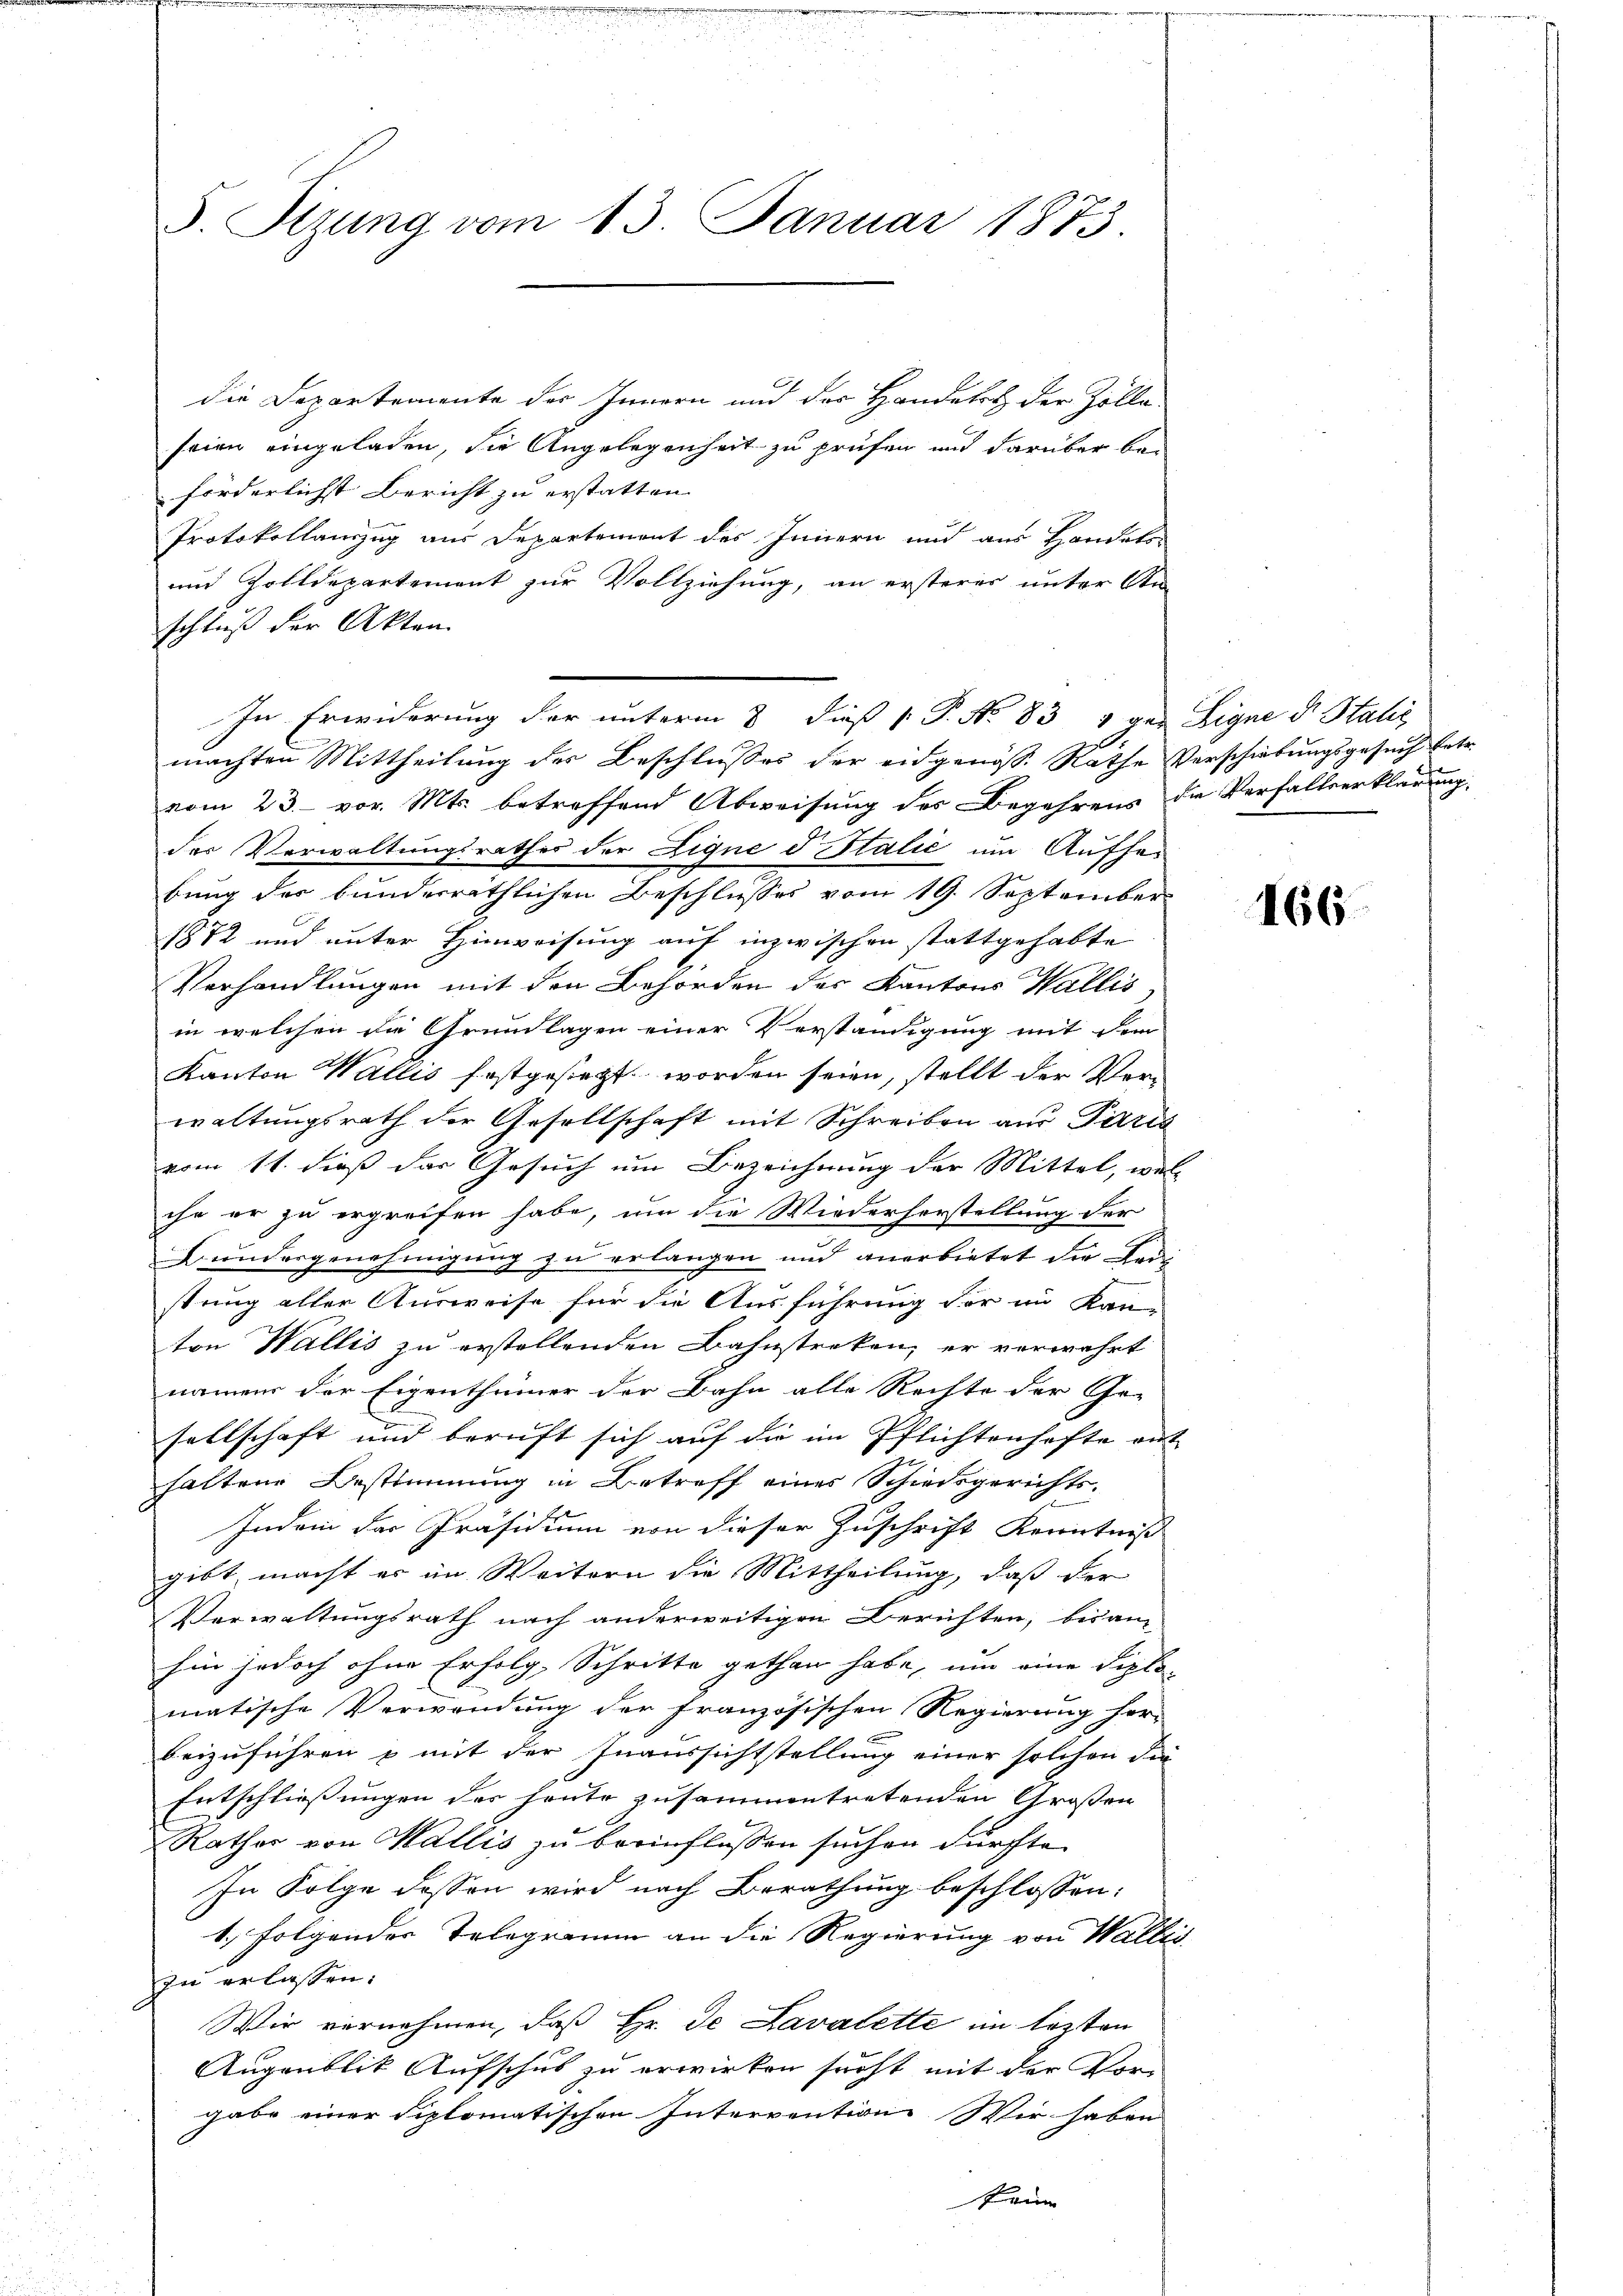
5. Stzung vom 13. Januar 1873.

die Departemente des Innern und der Handelt der Zolla-
seien eingeladen, die Angelegenheit zu prüfen und darüber be-
förderlichst Bericht zu erstatten.
Protokollauszug aus Departement des Innern und aus Handels-
und Zolldepartement zur Vollziehung, an ersteres unter An-
schluß der Akten.
In Erwiderung der unterm 8. dieß P. No. 83 & gen Eigne d. Statis
machten Mittheilung der Beschlusses der eidgenöss. Rathe Verschiebungsgesuch betr.
vom 23. vor. Mts. betreffend Abweisung des Begehrens die Verfallserklärung,
der Verwaltungsrathes der Eigne d Italić um Aufhebung des bunderräthlichen Beschlusses vom 19. September
1872 und unter Hinweisung auf inzwischen stattgehabte
Verhandlungen mit den Behörden der Kantons Wallis,
in welchen die Grundlagen einer Verständigung mit dem
Kanton Wallis festgesetzt worden seien, stellt der Verwaltungsrath der Gesellschaft mit Schreiben aus Paris
vom 11. dieß der Gesuch um Bezeichnung der Mittel, wel
che er zu ergreifen habe, um die Wiederherstellung der
Bundergenehmigung zu erlangen und anerbietet die Leistung aller Ausweise für die Ausführung der im Kan-
ton Wallis zu erstellenden Bahnstreken, er verwahrt
namen der Eigenthümer der Bahn alle Rechte der Ge-
sellschaft und beruft sich auf die im Pflichtenhafte an
haltene Bestimmung in Betreff eines Schiedsgerichts-
Indem der Präsidium von dieser Zuschrift Kenntniß
gibt, macht er im Weitern die Mittheilung, daß der
Verwaltungsrath nach anderweitigen Berichten, bisan-
hin jedoch ohne Erfolg, Schritte gethan habe, um eine Diplo-
matische Verwendung der französischen Regierung her-
beizuführen u mit der Inaussichtstellung einer solchen die
Entschließungen des heute zusammentretenden Großen
Rathes von Wallis zu beeinflüssen suchen dürfte.
In Folge dessen wird nach Berathung beschlossen:
1. Folgender Telegramm an die Regierung von Wallis
zu erlassen:
Wir vernehmen, daß Hr. De Lavalette im lezten
Augenblik Aufschus zu erwirken sucht mit der Vor-
gabe einer diplomatischen Intervention Wir haben
kaum

166